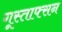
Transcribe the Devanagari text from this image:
गूस्ताफ्सन